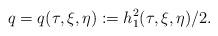
LaTeX: \begin{align*} q=q(\tau,\xi,\eta):=h_1^2(\tau,\xi,\eta)/2.\end{align*}